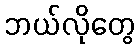
ဘယ်လိုတွေ